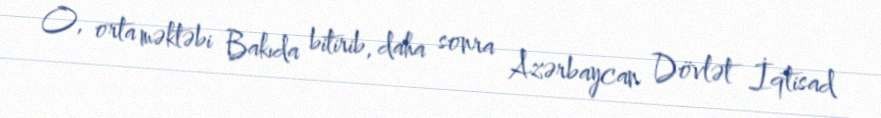
O, orta məktəbi Bakıda bitirib, daha sonra Azərbaycan Dövlət İqtisad